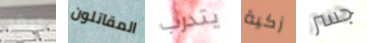
كيف المقاتلون يتدرب زكية جسر